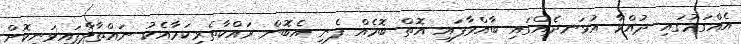
އެއްގަމުގައި ދުއްވާ އުޅަނދެއްގައި ބާއްވާފައި އޮތް ބޮމެއް ފެނި އެބޮން ރައްކާތެރިކަމާއެކު ނައްތާލާފައިވަނިކޮށް